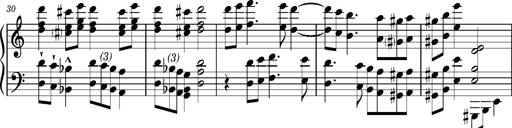
Title: RÃ¡kÃ³czi-Marsch, S.692d
Composer: Franz Liszt
Key: A minor